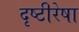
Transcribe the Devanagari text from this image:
दृष्टीरेषा